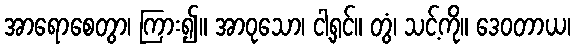
အာရောစေတွာ၊ ကြား၍။ အာဝုသော၊ ငါ့ရှင်။ တွံ၊ သင့်ကို။ ဒေဝတာယ၊